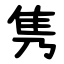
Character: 隽